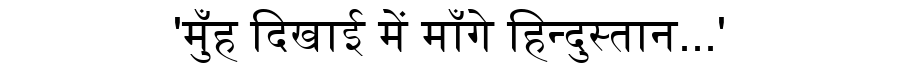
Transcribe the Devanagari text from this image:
'मुँह दिखाई में माँगे हिन्दुस्तान...'